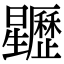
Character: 𣌜